Annual report of the Punjab Veterinary College and of the Civil Veterinary Department, Punjab - 1920-1925
Year: 1920
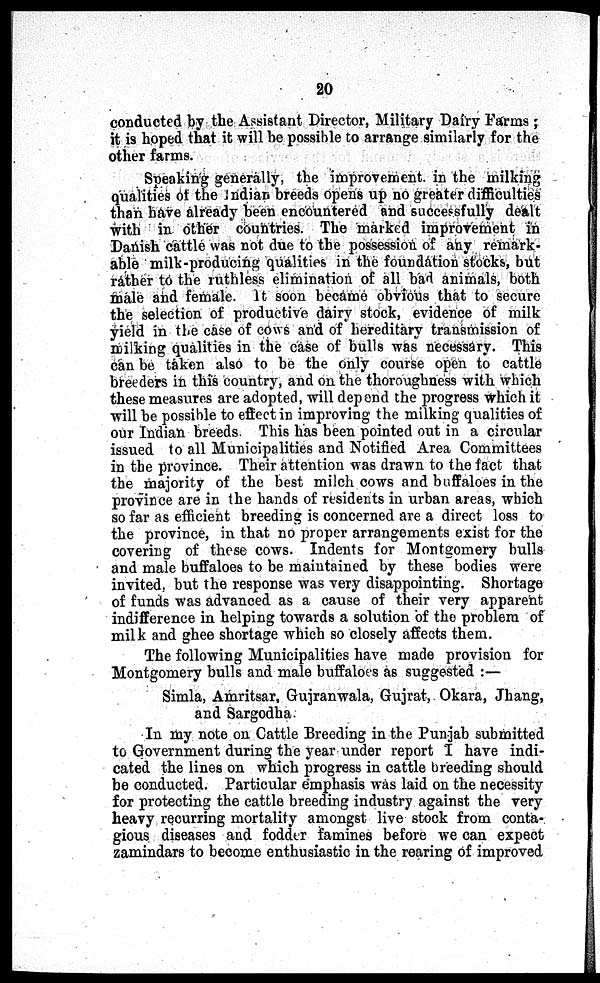
20
conducted by the Assistant Director, Military Dairy Farms;
it is hoped that it will be possible to arrange similarly for the
other farms.
Speaking generally, the improvement in the milking
qualities of the Indian breeds opens up no greater difficulties
than have already been encountered and successfully dealt
with in other countries. The marked improvement in
Danish cattle was not due to the possession of any remark-
able milk-producing qualities in the foundation stocks, but
rather to the ruthless elimination of all bad animals, both
male and female. It soon became obvious that to secure
the selection of productive dairy stock, evidence of milk
yield in the case of cows and of hereditary transmission of
milking qualities in the case of bulls was necessary. This
can be taken also to be the only course open to cattle
breeders in this country, and on the thoroughness with which
these measures are adopted, will depend the progress which it
will be possible to effect in improving the milking qualities of
our Indian breeds. This has been pointed out in a circular
issued to all Municipalities and Notified Area Committees
in the province. Their attention was drawn to the fact that
the majority of the best milch cows and buffaloes in the
province are in the hands of residents in urban areas, which
so far as efficient breeding is concerned are a direct loss to
the province, in that no proper arrangements exist for the
covering of these cows. Indents for Montgomery bulls
and male buffaloes to be maintained by these bodies were
invited, but the response was very disappointing. Shortage
of funds was advanced as a cause of their very apparent
indifference in helping towards a solution of the problem of
milk and ghee shortage which so closely affects them.
The following Municipalities have made provision for
Montgomery bulls and male buffaloes as suggested:—
Simla, Amritsar, Gujranwala, Gujrat, Okara, Jhang,
and Sargodha.
In my note on Cattle Breeding in the Punjab submitted
to Government during the year under report I have indi-
cated the lines on which progress in cattle breeding should
be conducted. Particular emphasis was laid on the necessity
for protecting the cattle breeding industry against the very
heavy recurring mortality amongst live stock from conta-
gious diseases and fodder famines before we can expect
zamindars to become enthusiastic in the rearing of improved